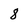
Character: 8